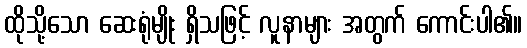
ထိုသို့သော ဆေးရုံမျိုး ရှိသဖြင့် လူနာများ အတွက် ကောင်းပါ၏။